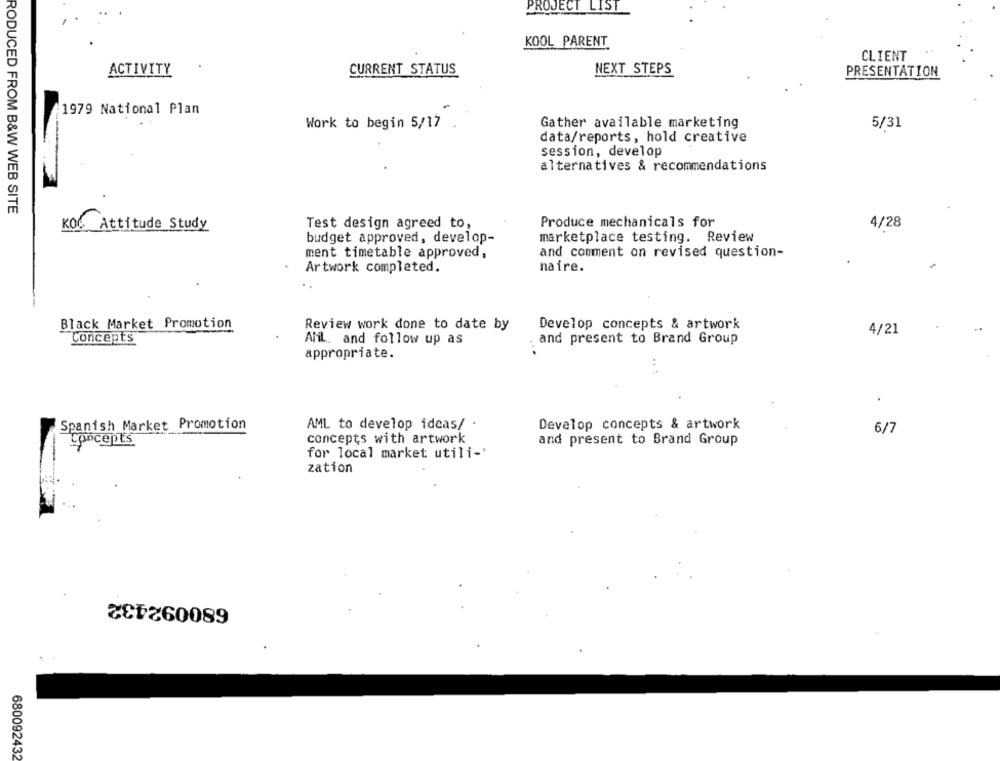
PROJECT LIST
KOOL PARENT
CLIENT
ACTIVITY
CURRENT STATUS
NEXT STEPS
PRESENTATION
1979 National Plan
Work to begin 5/17
Gather available marketing
5/31
data/reports, hold creative
session, develop
alternatives & recommendations
RODUCED FROM B&W WEB SITE
KOC Attitude Study
Test design agreed to,
Produce mechanicals for
4/28
budget approved, develop-
marketplace testing. Review
ment timetable approved,
and comment on revised question-
naire.
Artwork completed.
Black Market Promotion
Review work done to date by
Develop concepts & artwork
4/21
Concepts
Alil. and follow up as
. and present to Brand Group
appropriate.
Spanish Market Promotion
AML to develop ideas/ -
Develop concepts & artwork
6/7
Concepts
concepts with artwork
and present to Brand Group
for local market utili-'
zation
680092432
680092432